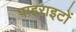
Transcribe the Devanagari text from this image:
पाइराइटों